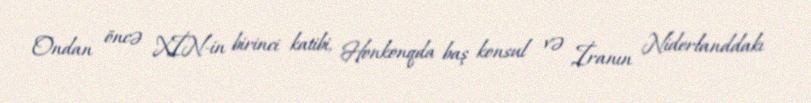
Ondan öncə XİN-in birinci katibi, Honkonqda baş konsul və İranın Niderlanddakı